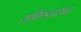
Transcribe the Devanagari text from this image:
सपिण्डनशब्द